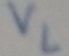
Text: VL